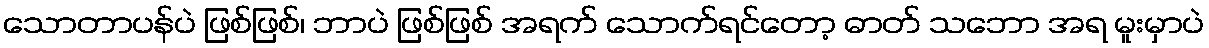
သောတာပန်ပဲ ဖြစ်ဖြစ်၊ ဘာပဲ ဖြစ်ဖြစ် အရက် သောက်ရင်တော့ ဓာတ် သဘော အရ မူးမှာပဲ